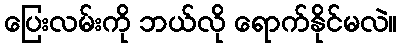
ပြေးလမ်းကို ဘယ်လို ရောက်နိုင်မလဲ။